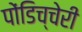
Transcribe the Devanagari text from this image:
पोंडिच्चेरी